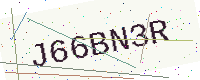
Text: J66BN3R